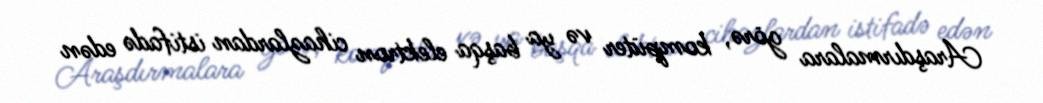
Araşdırmalara görə, kompüter və ya başqa elektron cihazlardan istifadə edən